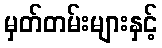
မှတ်တမ်းများနှင့်